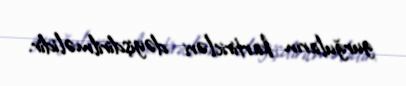
gurğuların kartiricləri dəyişdirilməlidir.